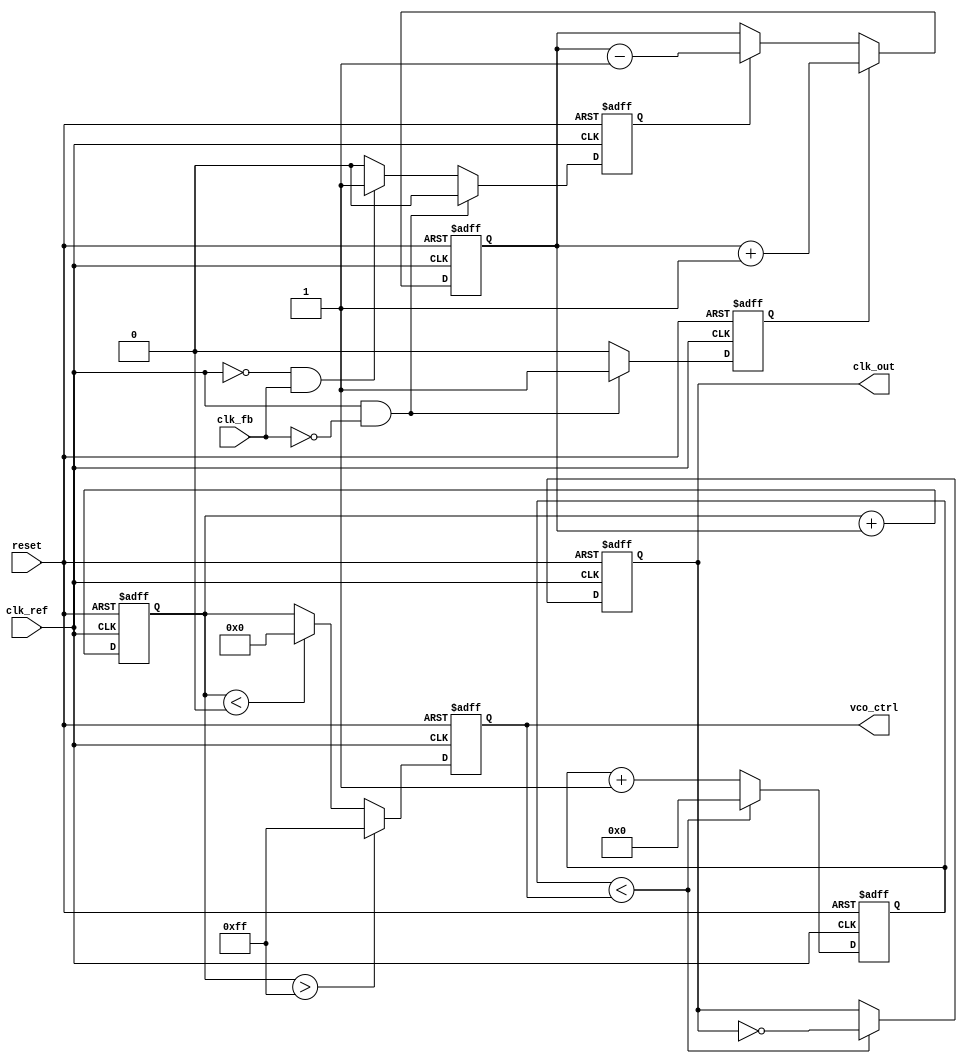
module cp_pll (
    input wire clk_ref,          // Reference clock input
    input wire clk_fb,           // Feedback clock input
    input wire reset,            // Asynchronous reset
    output reg clk_out,          // Output clock
    output reg [7:0] vco_ctrl    // Control voltage for VCO (simplified)
);

// Parameters
parameter VCO_MAX = 255;       // Maximum control voltage for VCO
parameter VCO_MIN = 0;         // Minimum control voltage for VCO
parameter DIV_RATIO = 4;       // Feedback divider ratio

// Internal signals
reg up, down;                   // Signals from PFD
reg [7:0] charge_pump_output;   // Output of charge pump
reg [7:0] loop_filter;          // Output of loop filter
reg [3:0] feedback_counter;     // Feedback counter for divider
reg [3:0] vco_count;            // VCO output counter

// Phase Frequency Detector (PFD)
always @(posedge clk_ref or posedge reset) begin
    if (reset) begin
        up <= 0;
        down <= 0;
    end else begin
        // Simple PFD logic (assumes clk_fb is stable)
        if (clk_ref && !clk_fb) begin
            up <= 1; down <= 0; // Reference clock leads
        end else if (!clk_ref && clk_fb) begin
            up <= 0; down <= 1; // Feedback clock leads
        end else begin
            up <= 0; down <= 0; // No change
        end
    end
end

// Charge Pump
always @(posedge clk_ref or posedge reset) begin
    if (reset) begin
        charge_pump_output <= 0;
    end else begin
        if (up) begin
            charge_pump_output <= charge_pump_output + 1; // Increase voltage
        end else if (down) begin
            charge_pump_output <= charge_pump_output - 1; // Decrease voltage
        end
    end
end

// Loop Filter (simple integrator)
always @(posedge clk_ref or posedge reset) begin
    if (reset) begin
        loop_filter <= 0;
    end else begin
        loop_filter <= loop_filter + charge_pump_output; // Integrate charge pump output
    end
end

// VCO (simplified)
always @(posedge clk_ref or posedge reset) begin
    if (reset) begin
        vco_ctrl <= VCO_MIN;
        vco_count <= 0;
        clk_out <= 0;
    end else begin
        // Control VCO based on loop filter output
        if (loop_filter > VCO_MAX) begin
            vco_ctrl <= VCO_MAX;
        end else if (loop_filter < VCO_MIN) begin
            vco_ctrl <= VCO_MIN;
        end else begin
            vco_ctrl <= loop_filter;
        end

        // Generate output clock based on VCO control
        if (vco_count < vco_ctrl) begin
            clk_out <= ~clk_out; // Toggle output clock
            vco_count <= 0; // Reset counter
        end else begin
            vco_count <= vco_count + 1; // Increment counter
        end
    end
end

// Feedback Divider
always @(posedge clk_out or posedge reset) begin
    if (reset) begin
        feedback_counter <= 0;
    end else begin
        if (feedback_counter == DIV_RATIO - 1) begin
            feedback_counter <= 0; // Reset counter
        end else begin
            feedback_counter <= feedback_counter + 1; // Increment counter
        end
    end
end

endmodule